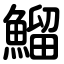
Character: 鰡